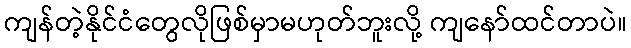
ကျန်တဲ့နိုင်ငံတွေလိုဖြစ်မှာမဟုတ်ဘူးလို့ ကျနော်ထင်တာပဲ။